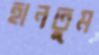
হানতুম